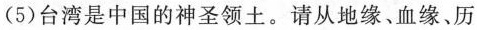
(5)台湾是中国的神圣领土。请从地缘、血缘、历